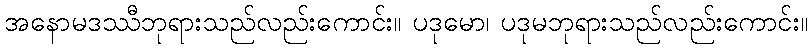
အနောမဒဿီဘုရားသည်လည်းကောင်း။ ပဒုမော၊ ပဒုမဘုရားသည်လည်းကောင်း။